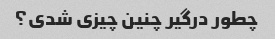
چطور درگیر چنین چیزی شدی؟